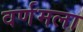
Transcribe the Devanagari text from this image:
वर्णमला